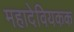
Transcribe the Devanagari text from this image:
महादेवियकक